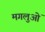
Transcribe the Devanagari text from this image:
मगलुओं